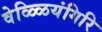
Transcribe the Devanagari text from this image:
वेळ्ळियंगिरि